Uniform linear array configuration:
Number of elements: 12
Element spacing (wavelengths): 0.75
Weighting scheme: exponential
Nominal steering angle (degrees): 30
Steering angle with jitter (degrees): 28.213
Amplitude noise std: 0.05
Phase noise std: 0.05

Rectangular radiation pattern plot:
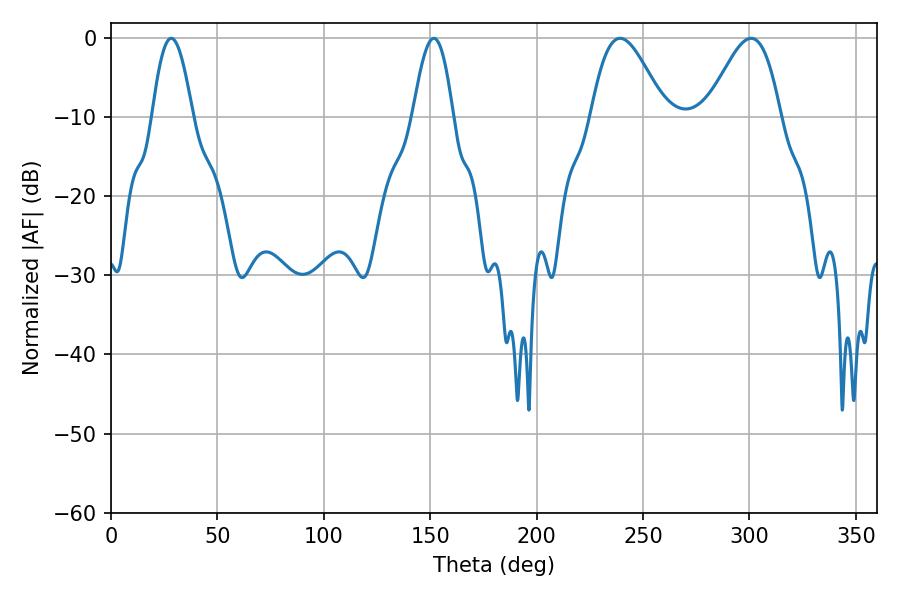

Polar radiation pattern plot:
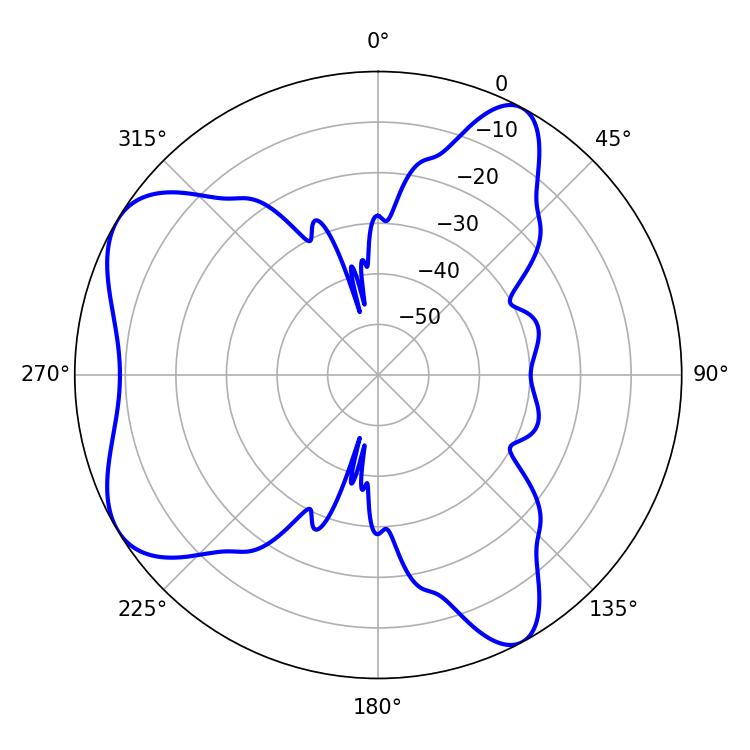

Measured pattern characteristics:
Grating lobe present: TRUE
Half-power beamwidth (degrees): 18.36
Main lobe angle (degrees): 239.22